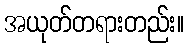
အယုတ်တရားတည်း။